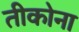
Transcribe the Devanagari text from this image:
तीकोना